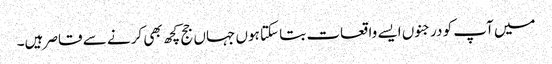
میں آپ کو درجنوں ایسے واقعات بتا سکتا ہوں جہاں جج کچھ بھی کرنے سے قاصر ہیں۔